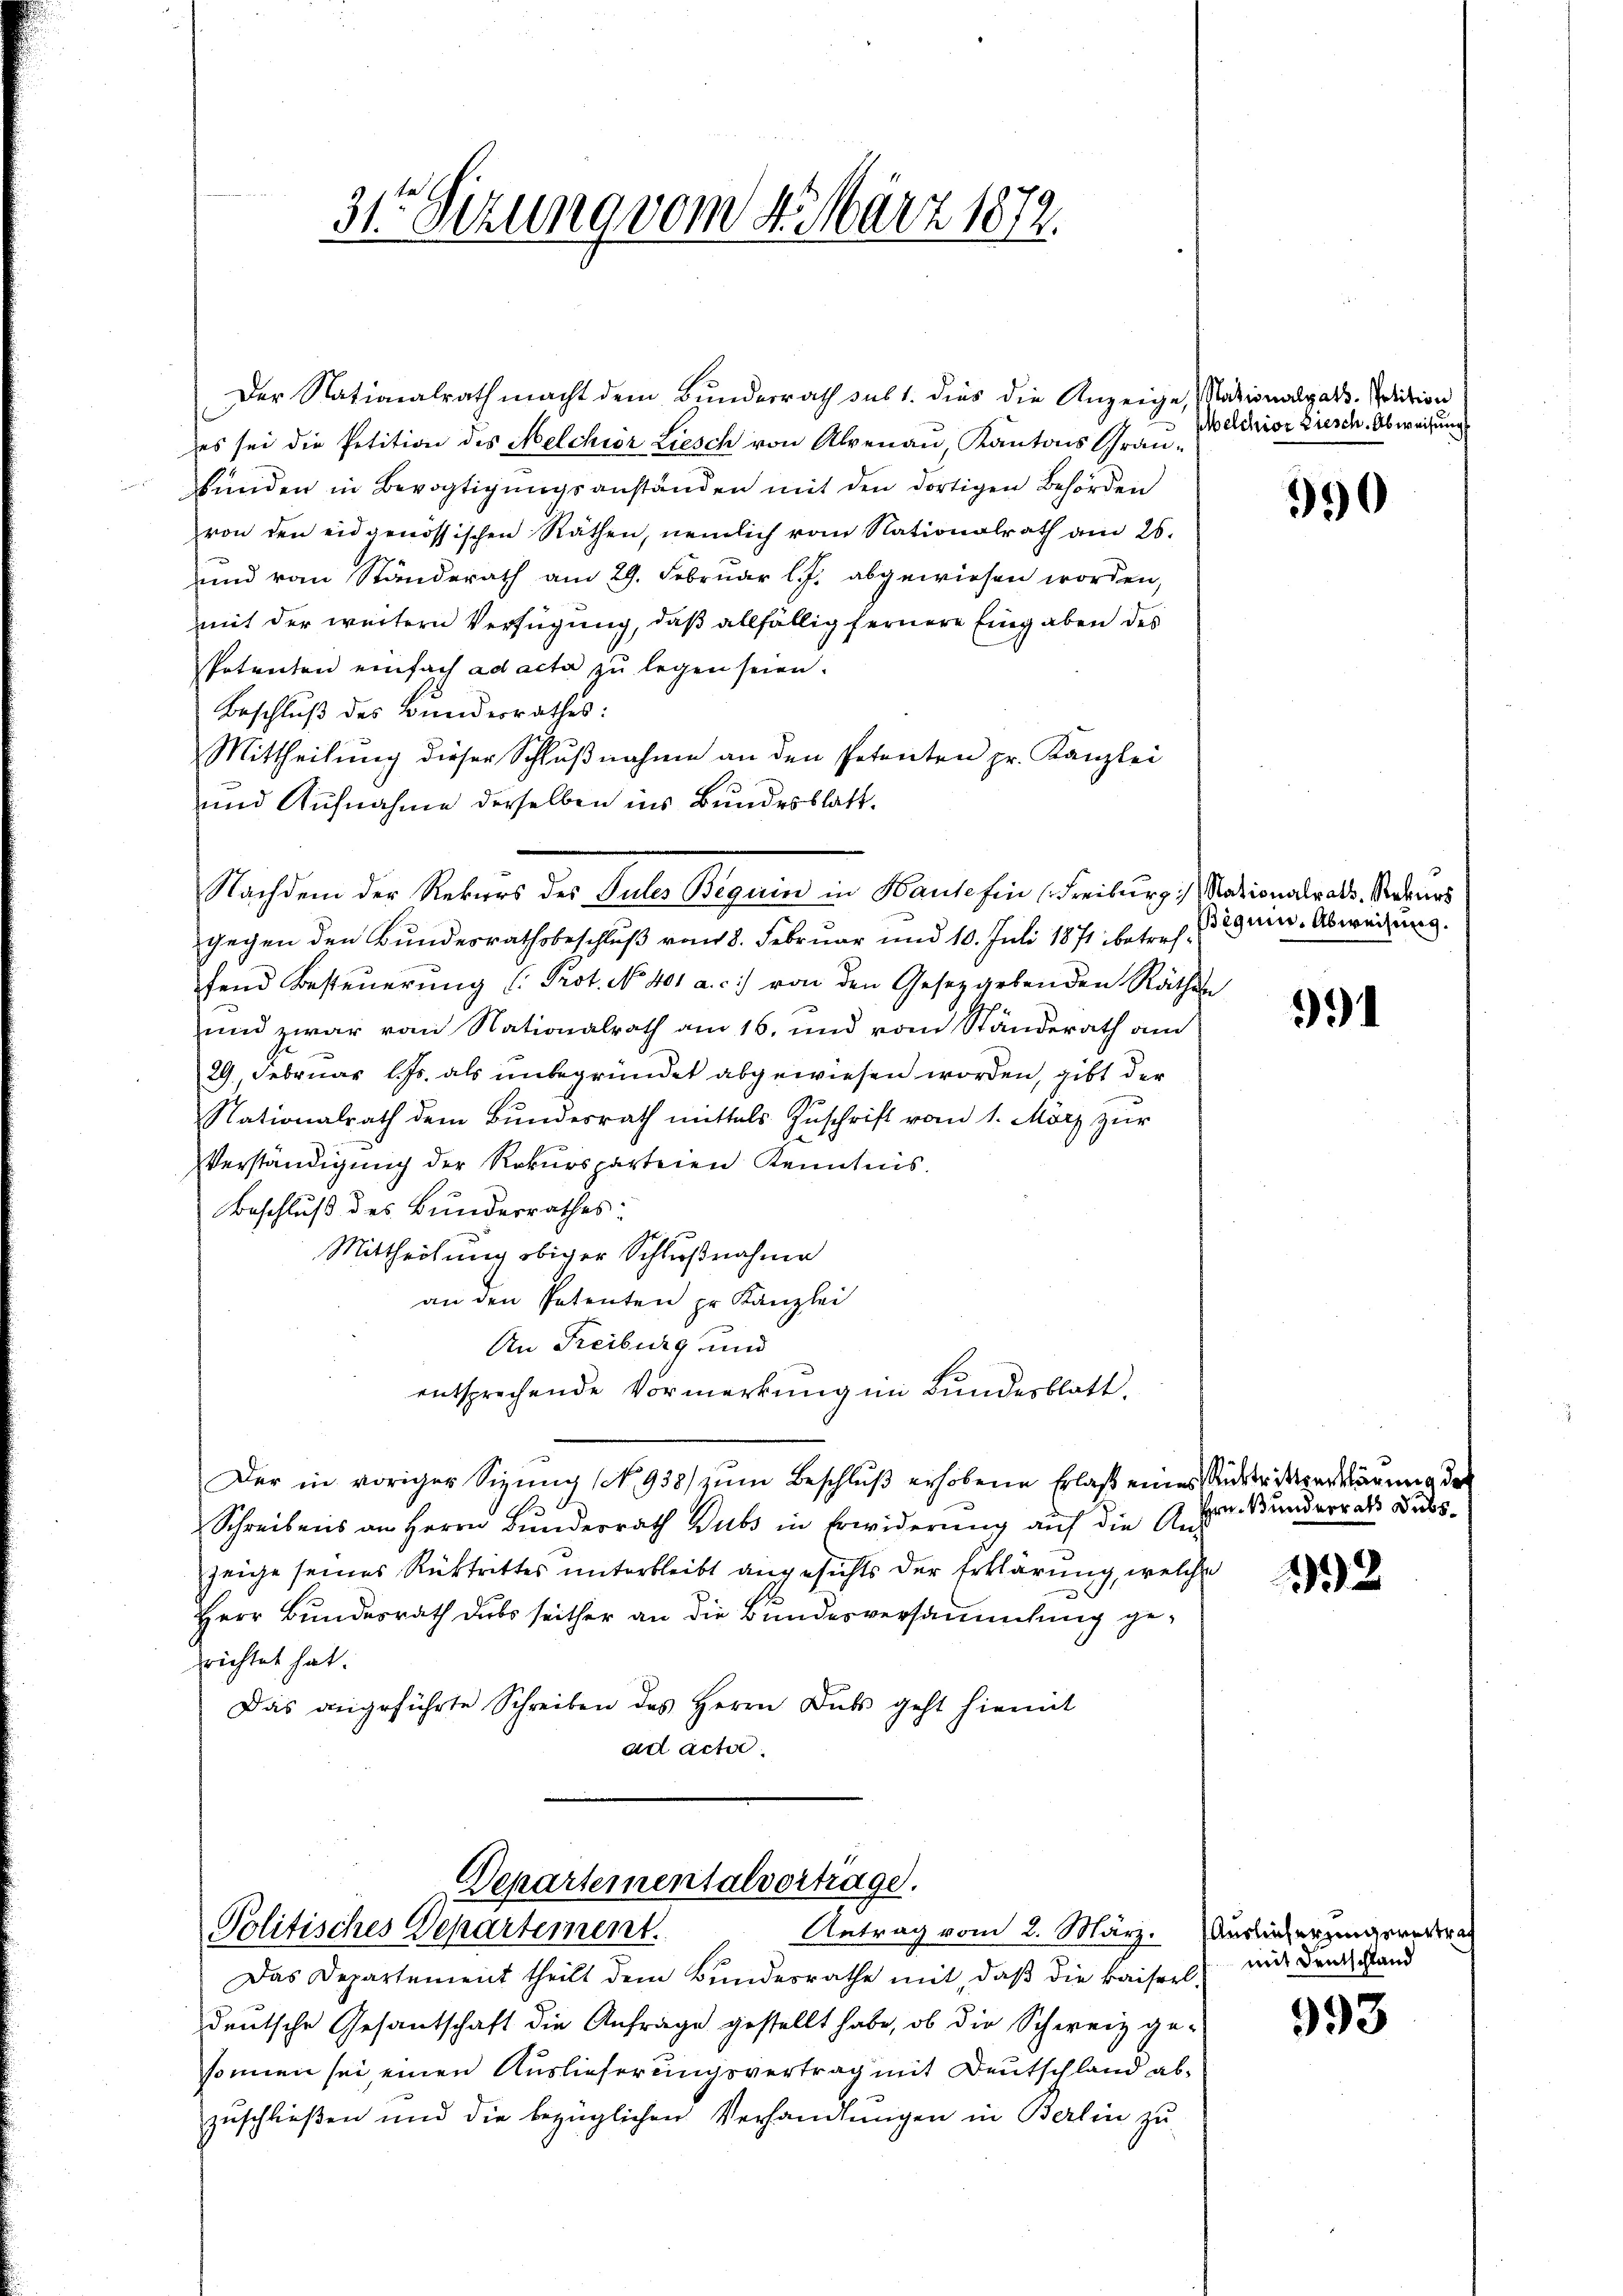
31te Sitzung vom 4. März 1872.

Der Nationalrath macht dem Bunderrath sub 1. dies die Anzeige, Nationalgars. Petition
es sei die Petition des Melchior Liesch von Alpenau, Kantons Grau-
funden in Bevogtigungsanständen mit den dortigen Behörden
von den eidgenössischen Räthen, nemlich vom Nationalrath am 26.
und vom Standerath am 29. Februar l. J. abgewiesen worden,
mit der weitern Verfügung, daß allfällig fernere Eingaben des
Potenten einfach ad acta zu legen seien.
Beschluß des Bundesrathes:
Mittheilung dieser Schlußnahme an den Petenten pr. Kanzlei
und Aufnahme derselben ins Bundesblatt.
gegen den Bundesrathsbeschluß vom 8. Februar und 10. Juli 1871 betreffend Besteŭerŭng (Prot. No 401 a. c. von den Gesetzgebenden Räthe
und zwar von Nationalrath am 16. und vom Standerath am
29. Februar l. Js. als unbegründet abgewiesen worden, gibt der
Nationalrath dem Bŭndesrath mittels Zŭschrift vom 1. März zŭr
Verständigung der Rekursparteien Kenntnis.
Beschluß des Bundesrathes:
Mittheilung obiger Schlußnahme
an den Petenten pr. Kanzlei
An Freiburg und
entsprechende Vormerkung im Bundesblatt.
Der in voriger Sizŭng (No 938) zŭm Beschluß erhobene Erlaß eines Austrittersäumig der
Schreibens an Herrn Bunderrath Dubs in Erwiderung auf die Ans
zeige seines Rücktrittes unterbleibt angesichts der Erklärung, welche
Herr Bundesrath dass seither an die Bundesversammlung gerrichtet hat.
Das angeführte Schreiben des Herrn Dubs geht hiemit
ad acte.

Nachdem der Rekurs des Peter Beguin in Hausohin Freiburg Stationalrat. Sodens

Departementalvortrage.
Politisches Departement.
Antrag vom 2. März. Auslieferungerer

Das Departement theilt dem Bundesrathe mit, daß die kaiserl mit den stand
deutsche Gesantschaft die Anfrage gestellt habe, ob die Schweiz ge-
sonnen sei einen Auslieferungsvertrag mit Deutschland abzuschließen und die bezüglichen Verhandlungen in Berlin zu

Melchior Fiesch. Abweisung

990

Bique. Abweisung.

e

e

391

Hrn. Bunderrath Subs

192

993